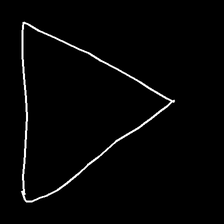
Glyph: convergence